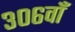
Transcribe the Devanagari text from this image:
३०६वाँ